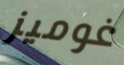
غوميز